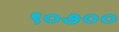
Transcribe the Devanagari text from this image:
९०७००